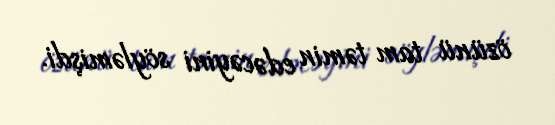
özünü tam təmin edəcəyini söyləmişdi.